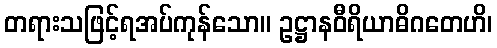
တရားသဖြင့်ရအပ်ကုန်သော။ ဥဋ္ဌာနဝီရိယာဓိဂတေဟိ၊